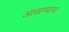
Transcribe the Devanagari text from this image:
आखण्याचा